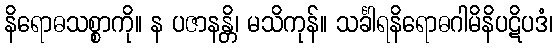
နိရောဓသစ္စာကို။ န ပဇာနန္တိ၊ မသိကုန်။ သင်္ခါရနိရောဓဂါမိနိပဋိပဒံ၊